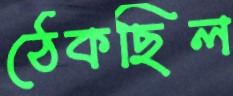
ঠেকছিল